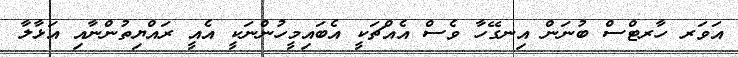
އަވަރ ހާރޓްސް ބުނަން އިނގޭހާ ވެސް އެއްޗަކީ އެބައިމީހުންނަކީ އެއީ ރައްޔިތުންނާއި އަޅާލާ